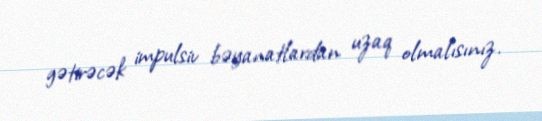
gətirəcək impulsiv bəyanatlardan uzaq olmalısınız.